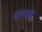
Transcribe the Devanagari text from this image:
धरपसी